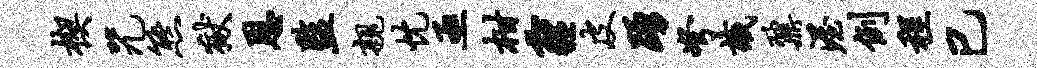
楔咒熊狱恩监亲忱亟柑霾皮踊弩识鼐渥例程已